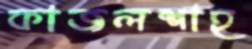
কাজলশাহ